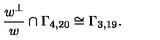
\frac { w ^ { \perp } } { w } \cap \Gamma _ { 4 , 2 0 } \cong \Gamma _ { 3 , 1 9 } .